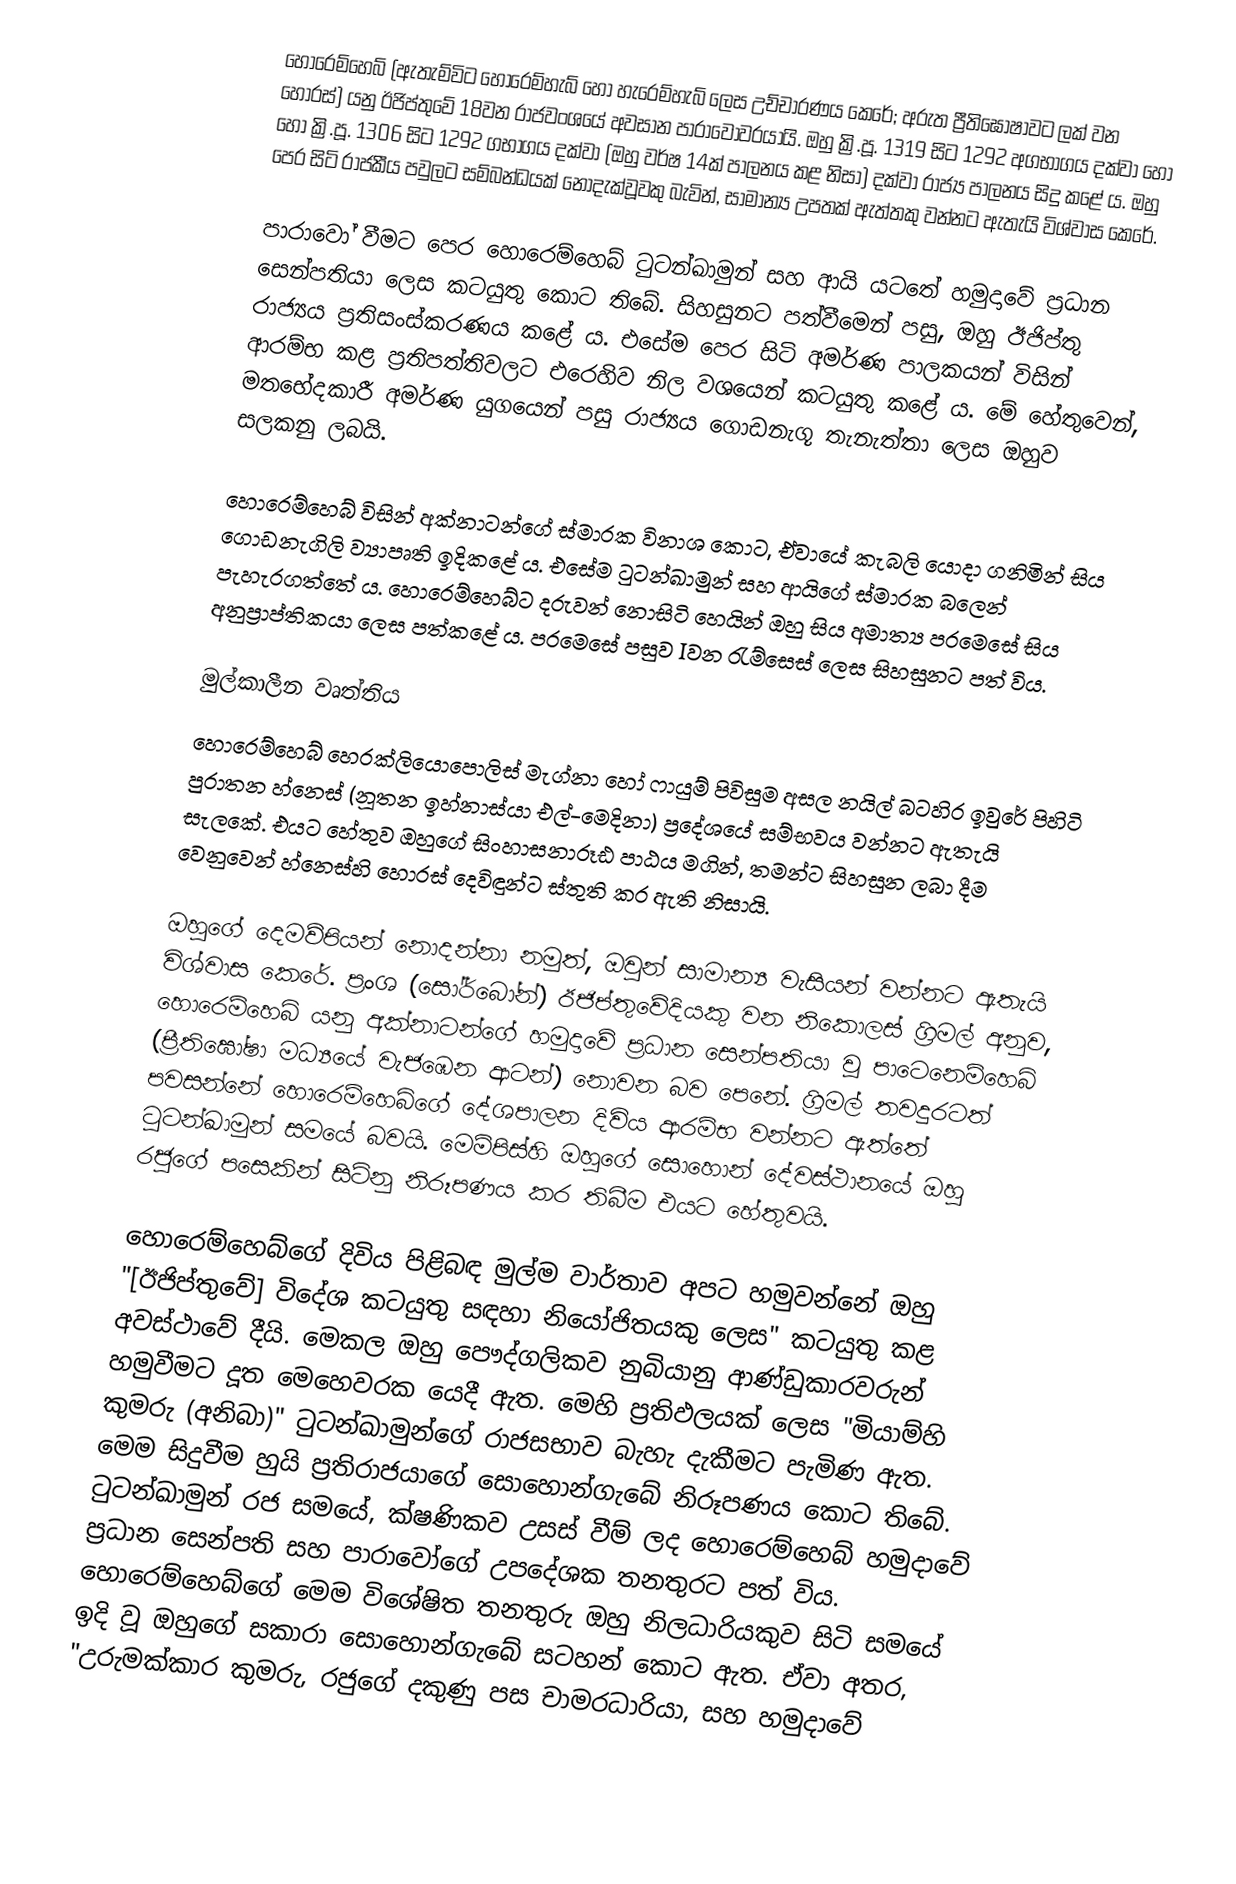
හොරෙම්හෙබ් (ඇතැම්විට හොරෙම්හැබ් හෝ හැරෙම්හැබ් ලෙස උච්චාරණය කෙරේ; අරුත ප්‍රීතිඝෝෂාවට ලක් වන හොරස්) යනු ඊජිප්තුවේ 18වන රාජවංශයේ අවසාන පාරාවෝවරයායි. ඔහු ක්‍රි.පූ. 1319 සිට 1292 අගභාගය දක්වා හෝ හෝ ක්‍රි.පූ. 1306 සිට 1292 ගභාගය දක්වා (ඔහු වර්ෂ 14ක් පාලනය කළ නිසා) දක්වා රාජ්‍ය පාලනය සිදු කළේ ය. ඔහු පෙර සිටි රාජකීය පවුලට සම්බන්ධයක් නොදැක්වූවකු බැවින්, සාමාන්‍ය උපතක් ඇත්තකු වන්නට ඇතැයි විශ්වාස කෙරේ.

පාරාවෝ වීමට පෙර හොරෙම්හෙබ් ටුටන්ඛාමුන් සහ ආයි යටතේ හමුදාවේ ප්‍රධාන සෙන්පතියා ලෙස කටයුතු කොට තිබේ. සිහසුනට පත්වීමෙන් පසු, ඔහු ඊජිප්තු රාජ්‍යය ප්‍රතිසංස්කරණය කළේ ය. එසේම පෙර සිටි අමර්ණ පාලකයන් විසින් ආරම්භ කළ ප්‍රතිපත්තිවලට එරෙහිව නිල වශයෙන් කටයුතු කළේ ය. මේ හේතුවෙන්, මතභේදකාරී අමර්ණ යුගයෙන් පසු රාජ්‍යය ගොඩනැගූ තැනැත්තා ලෙස ඔහුව සලකනු ලබයි.

හොරෙම්හෙබ් විසින් අක්නාටන්ගේ ස්මාරක විනාශ කොට, ඒවායේ කැබලි යොදා ගනිමින් සිය ගොඩනැගිලි ව්‍යාපෘති ඉදිකළේ ය. එසේම ටුටන්ඛාමුන් සහ ආයිගේ ස්මාරක බලෙන් පැහැරගත්තේ ය. හොරෙම්හෙබ්ට දරුවන් නොසිටි හෙයින් ඔහු සිය අමාත්‍ය පරමෙසේ සිය අනුප්‍රාප්තිකයා ලෙස පත්කළේ ය. පරමෙසේ පසුව Iවන රැම්සෙස් ලෙස සිහසුනට පත් විය.

මුල්කාලීන වෘත්තිය
හොරෙම්හෙබ් හෙරක්ලියොපොලිස් මැග්නා හෝ ෆායුම් පිවිසුම අසල නයිල් බටහිර ඉවුරේ පිහිටි පුරාතන හ්නෙස් (නූතන ඉහ්නාස්යා එල්-මෙදිනා) ප්‍රදේශයේ සම්භවය වන්නට ඇතැයි සැලකේ. එයට හේතුව ඔහුගේ සිංහාසනාරූඪ පාඨය මගින්, තමන්ට සිහසුන ලබා දීම වෙනුවෙන් හ්නෙස්හි හොරස් දෙවිඳුන්ට ස්තුති කර ඇති නිසායි.

ඔහුගේ දෙමව්පියන් නොදන්නා නමුත්, ඔවුන් සාමාන්‍ය වැසියන් වන්නට ඇතැයි විශ්වාස කෙරේ. ප්‍රංශ (සෝර්බෝන්) ඊජිප්තුවේදියකු වන නිකොලස් ග්‍රිමල් අනුව, හොරෙම්හෙබ් යනු අක්නාටන්ගේ හමුදාවේ ප්‍රධාන සෙන්පතියා වූ පාටෙනෙම්හෙබ් (ප්‍රීතිඝෝෂා මධ්‍යයේ වැජඹෙන ආටන්) නොවන බව පෙනේ. ග්‍රිමල් තවදුරටත් පවසන්නේ හොරෙම්හෙබ්ගේ දේශපාලන දිවිය ආරම්භ වන්නට ඇත්තේ ටුටන්ඛාමුන් සමයේ බවයි. මෙම්පිස්හි ඔහුගේ සොහොන් දේවස්ථානයේ ඔහු රජුගේ පසෙකින් සිටිනු නිරූපණය කර තිබීම එයට හේතුවයි.

හොරෙම්හෙබ්ගේ දිවිය පිළිබඳ මුල්ම වාර්තාව අපට හමුවන්නේ ඔහු "[ඊජිප්තුවේ] විදේශ කටයුතු සඳහා නියෝජිතයකු ලෙස" කටයුතු කළ අවස්ථාවේ දීයි. මෙකල ඔහු පෞද්ගලිකව නුබියානු ආණ්ඩුකාරවරුන් හමුවීමට දූත මෙහෙවරක යෙදී ඇත. මෙහි ප්‍රතිඵලයක් ලෙස "මියාම්හි කුමරු (අනිබා)" ටුටන්ඛාමුන්ගේ රාජසභාව බැහැ දැකීමට පැමිණ ඇත. මෙම සිදුවීම හුයි ප්‍රතිරාජයාගේ සොහොන්ගැබේ නිරූපණය කොට තිබේ. ටුටන්ඛාමුන් රජ සමයේ, ක්ෂණිකව උසස් වීම් ලද හොරෙම්හෙබ් හමුදාවේ ප්‍රධාන සෙන්පති සහ පාරාවෝගේ උපදේශක තනතුරට පත් විය. හොරෙම්හෙබ්ගේ මෙම විශේෂිත තනතුරු ඔහු නිලධාරියකුව සිටි සමයේ ඉදි වූ ඔහුගේ සකාරා සොහොන්ගැබේ සටහන් කොට ඇත. ඒවා අතර, "උරුමක්කාර කුමරු, රජුගේ දකුණු පස චාමරධාරියා, සහ හමුදාවේ